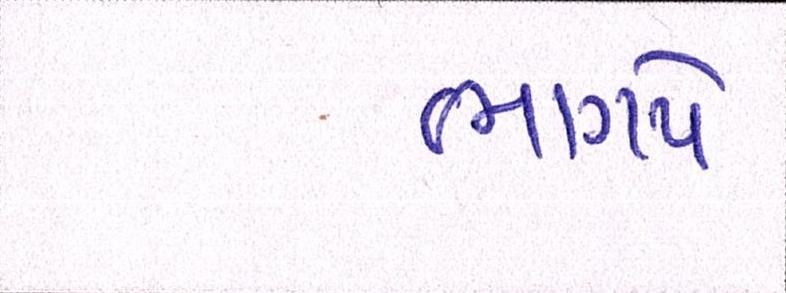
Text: ભાગપે